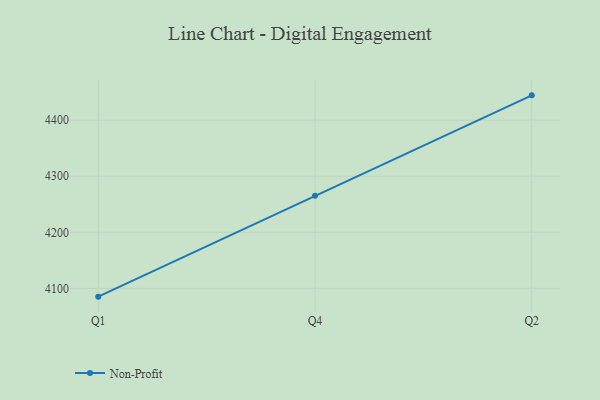
{"axis": {"x": "Quarter", "y": "Inventory Turnover"}, "legend": ["Non-Profit"], "data": [{"x": "Q1", "y": 4085.2, "type": "Non-Profit"}, {"x": "Q4", "y": 4265.3, "type": "Non-Profit"}, {"x": "Q2", "y": 4444.3, "type": "Non-Profit"}]}